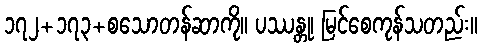
၁၇၂+၁၇၃+စသောတန်ဆာကို။ ပဿန္တု၊ မြင်စေကုန်သတည်း။